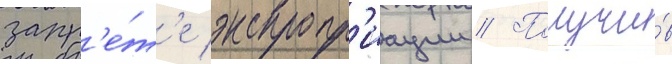
запр'е́т'е экспропр'иации // Получи́в